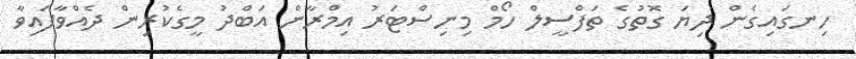
ހިނގައިގެން ދިޔަ ގޮތުގެ ތަފްސީލް ހޯމް މިނިސްޓަރު އިމްރާން އަބްދު މީގެކުރިން ދެއްވާފައިވާ